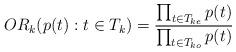
LaTeX: \begin{align*}OR_k(p(t): t \in T_k) = \frac{\prod_{t \in T_{ke}} p(t)}{\prod_{t \in T_{ko}} p(t)}\end{align*}